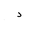
Letter: _dal